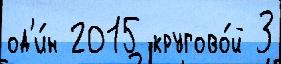
од'и́н 2015 кругово́й 3